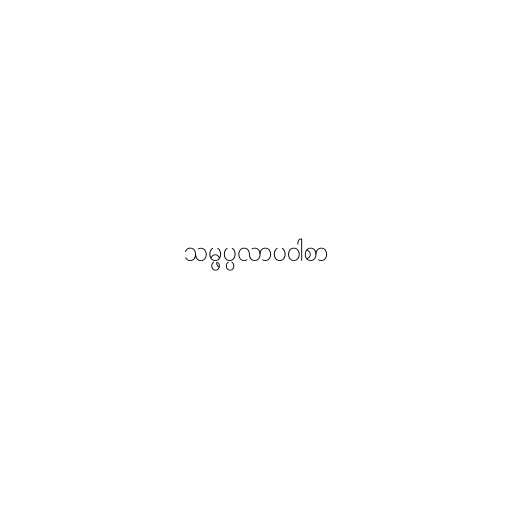
သမ္ဖပ္ပလာပဝါစာ